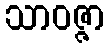
သာဝဇ္ဇာ